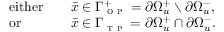
\begin{array} { r l r l } & { \mathrm { e i t h e r } } & & { \bar { x } \in \Gamma _ { \textsc { o p } } ^ { + } = \partial \Omega _ { u } ^ { + } \setminus \partial \Omega _ { u } ^ { - } , } \\ & { \mathrm { o r ~ } } & & { \bar { x } \in \Gamma _ { \textsc { t p } } = \partial \Omega _ { u } ^ { + } \cap \partial \Omega _ { u } ^ { - } . } \end{array}